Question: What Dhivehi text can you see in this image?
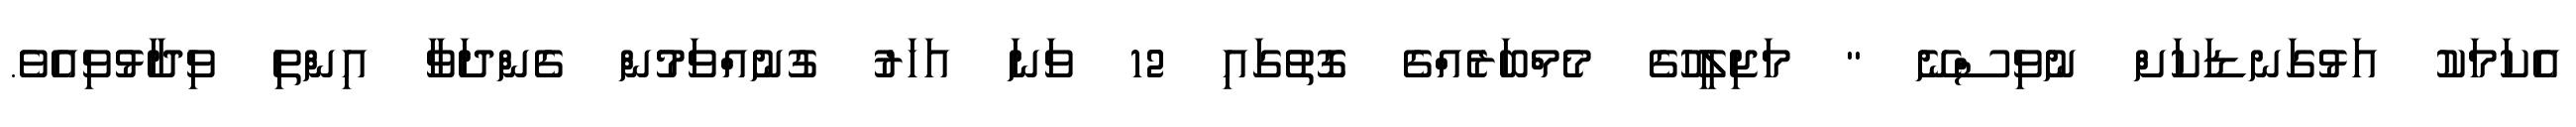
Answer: އެކަމަކު އަޅުގަނޑަކަށް ނުވިސްނޭ " މަޖިލީހުގެ މެމްބަރެއްގެ ގޮތުގައި 12 ވަނަ އަހަރު ގުނުއްވަމުން ގެންދަވާ އިންތި ވިދާޅުވިއެވެ.